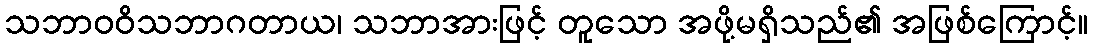
သဘာဝဝိသဘာဂတာယ၊ သဘာအားဖြင့် တူသော အဖို့မရှိသည်၏ အဖြစ်ကြောင့်။